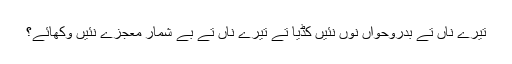
تیرے ناں تے بدروحواں نوں نئیں کڈیا تے تیرے ناں تے بے شمار معجزے نئیں وکھائے؟